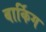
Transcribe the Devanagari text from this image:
बार्किग